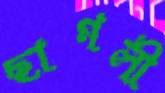
ছাগলী